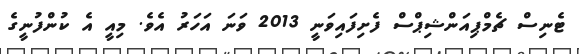
ޓެނިސް ޗެމްޕިއަންޝިޕްސް ފެށިފައިވަނީ 2013 ވަނަ އަހަރު އެވެ. މިއީ އެ ކުންފުނީގެ